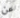
عن